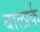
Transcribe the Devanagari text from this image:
बालार्क